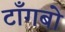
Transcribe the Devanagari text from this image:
टाँगबो